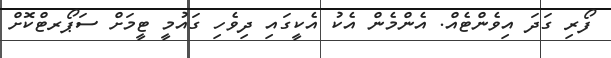
ފޯރި ގަދަ އިވެންޓެއް. އެންމެން އެކު އެކީގައި ދިވެހި ގައުމީ ޓީމަށް ސަޕޯރޓްކޮށް